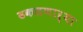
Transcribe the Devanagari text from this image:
ढकलणाऱ्या